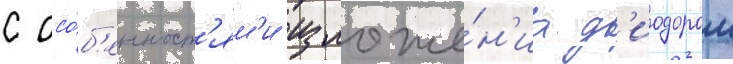
с осо́б'енност'ям'и изложе́н'иа д'иодором